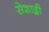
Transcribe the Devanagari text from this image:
सेशाद्री